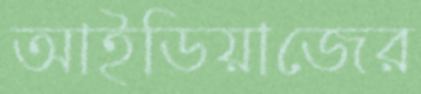
আইডিয়াজের